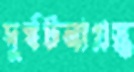
দুর্ঘটনাগ্রস্ত